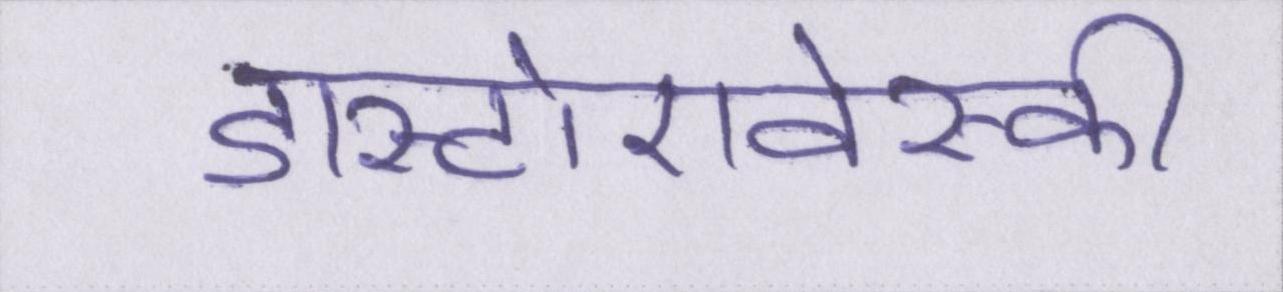
डास्टोएवेस्की